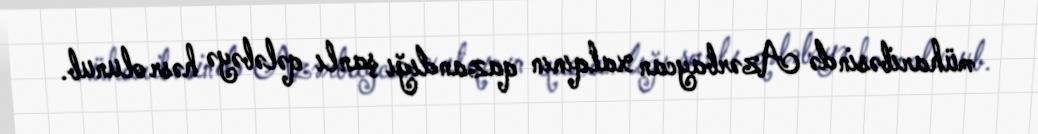
müharibəsində Azərbaycan xalqının qazandığı şanlı qələbəyə həsr olunub.